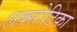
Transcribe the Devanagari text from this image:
लक्सोटिका